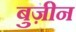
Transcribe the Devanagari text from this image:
बुज़ीन